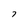
Character: 7